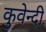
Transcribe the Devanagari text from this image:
कुवेन्दी